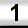
Digit: 1